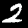
Label: 2